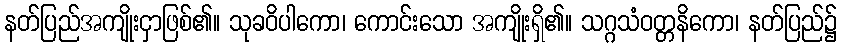
နတ်ပြည်အကျိုးငှာဖြစ်၏။ သုခဝိပါကော၊ ကောင်းသော အကျိုးရှိ၏။ သဂ္ဂသံဝတ္တနိကော၊ နတ်ပြည်၌